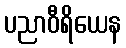
ပညာဝီရိယေန